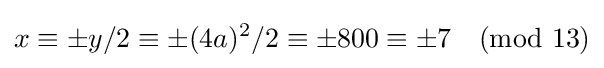
x\equiv \pm y/2\equiv \pm (4a)^{2}/2\equiv \pm 800\equiv \pm 7{\pmod {13}}